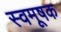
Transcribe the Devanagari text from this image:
स्वमूषक